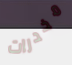
مخدرات